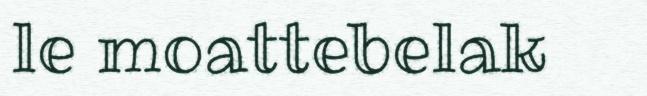
le moattebelak